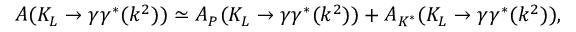
A ( K _ { L } \rightarrow \gamma \gamma ^ { * } ( k ^ { 2 } ) ) \simeq A _ { P } ( K _ { L } \rightarrow \gamma \gamma ^ { * } ( k ^ { 2 } ) ) + A _ { K ^ { * } } ( K _ { L } \rightarrow \gamma \gamma ^ { * } ( k ^ { 2 } ) ) ,